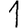
Digit: 1